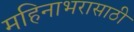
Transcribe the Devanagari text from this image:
महिनाभरासाठी